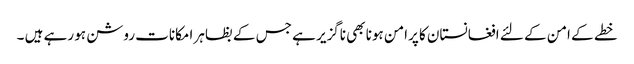
خطے کے امن کے لئے افغانستان کا پرامن ہونا بھی ناگزیر ہے جس کے بظاہر امکانات روشن ہو رہے ہیں ۔